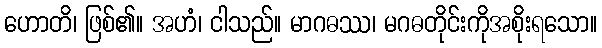
ဟောတိ၊ ဖြစ်၏။ အဟံ၊ ငါသည်။ မာဂဓဿ၊ မဂဓတိုင်းကိုအစိုးရသော။